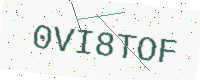
Text: 0VI8TOF